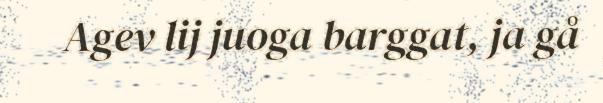
Agev lij juoga barggat, ja gå